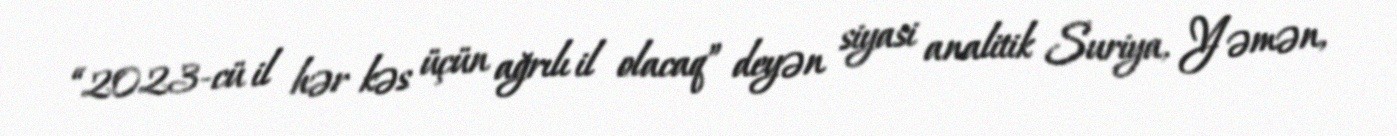
“2023-cü il hər kəs üçün ağrılı il olacaq” deyən siyasi analitik Suriya, Yəmən,